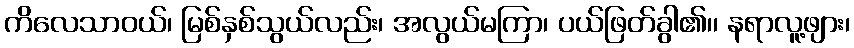
ကိလေသာဝယ်၊ မြစ်နှစ်သွယ်လည်း၊ အလွယ်မကြာ၊ ပယ်ဖြတ်ခွါ၏၊၊ နရာလူ့ဖျား၊